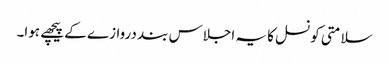
سلامتی کونسل کا یہ اجلاس بند دروازے کے پیچھے ہوا۔